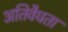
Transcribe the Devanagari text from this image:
अतिवैधता